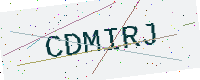
Text: CDMIRJ